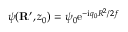
\psi ( { \bf R } ^ { \prime } , z _ { 0 } ) = \psi _ { 0 } \mathrm { e } ^ { - \mathrm { i } q _ { 0 } R ^ { 2 } / 2 f }